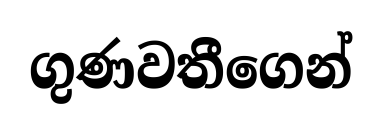
ගුණවතීගෙන්